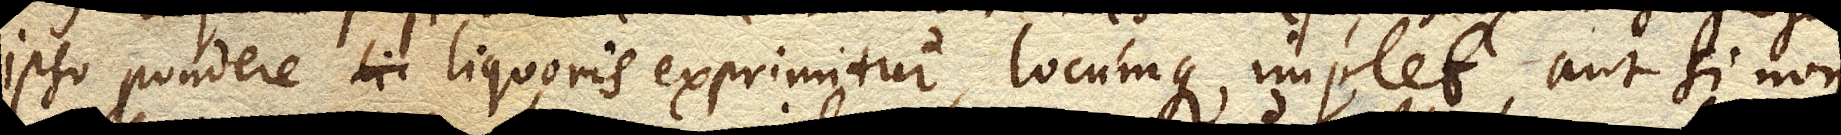
ipso pondere liquoris exprimitur, locumque implet, aut si non